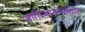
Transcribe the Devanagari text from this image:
जातिजातींमधील